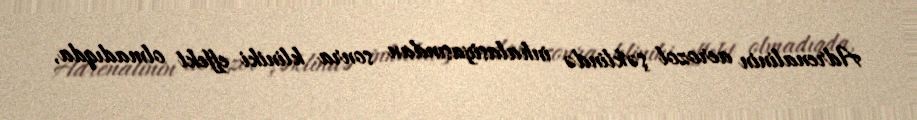
Adrenalinin aerozol şəklində inhalasiyasından sonra kliniki effekt olmadıqda,